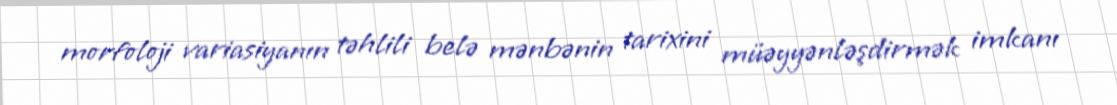
morfoloji variasiyanın təhlili belə mənbənin tarixini müəyyənləşdirmək imkanı